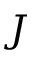
J